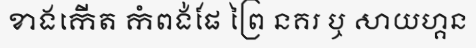
ខាងកើត កំពង់ផែ ព្រៃ នគរ ឬ សាយហ្គន